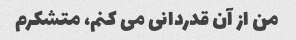
من از آن قدردانی می کنم، متشکرم